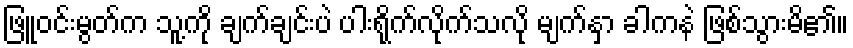
ဖြူဝင်းမွတ်က သူ့ကို ချက်ချင်းပဲ ပါးရိုက်လိုက်သလို မျက်နှာ ခါကနဲ ဖြစ်သွားမိ၏။